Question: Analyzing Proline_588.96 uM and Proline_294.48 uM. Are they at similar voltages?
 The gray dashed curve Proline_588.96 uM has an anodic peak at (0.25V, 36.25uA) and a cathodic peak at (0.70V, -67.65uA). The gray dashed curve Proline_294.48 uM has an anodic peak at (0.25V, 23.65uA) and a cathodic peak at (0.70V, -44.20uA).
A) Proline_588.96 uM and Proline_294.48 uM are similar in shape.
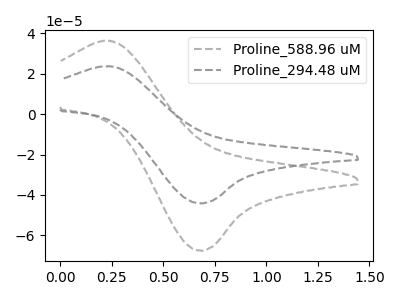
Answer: <think>All the peaks in "Proline_588.96 uM" have a peak in "Proline_294.48 uM" at the same potential. Every peak in "Proline_588.96 uM" is higher than every peak in "Proline_294.48 uM".
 </think>
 <answer>A) "Proline_588.96 uM" and "Proline_294.48 uM" are similar in shape.</answer>
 <eval>A</eval>